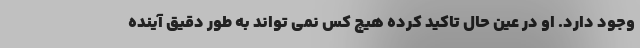
وجود دارد. او در عین حال تاکید کرده هیچ کس نمی تواند به طور دقیق آینده